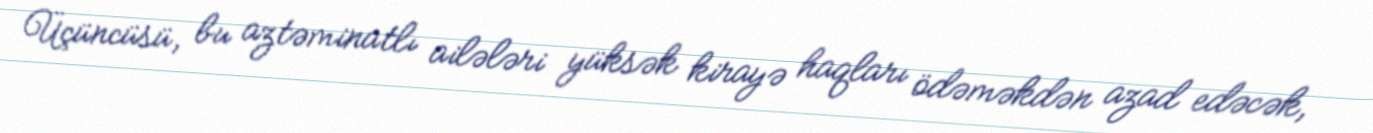
Üçüncüsü, bu aztəminatlı ailələri yüksək kirayə haqları ödəməkdən azad edəcək,